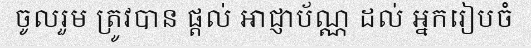
ចូលរួម ត្រូវបាន ផ្តល់ អាជ្ញាប័ណ្ណ ដល់ អ្នករៀបចំ